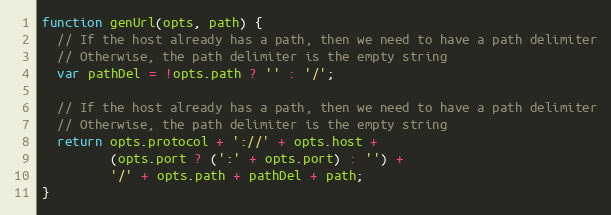
Language: JavaScript
function genUrl(opts, path) {
  // If the host already has a path, then we need to have a path delimiter
  // Otherwise, the path delimiter is the empty string
  var pathDel = !opts.path ? '' : '/';

  // If the host already has a path, then we need to have a path delimiter
  // Otherwise, the path delimiter is the empty string
  return opts.protocol + '://' + opts.host +
         (opts.port ? (':' + opts.port) : '') +
         '/' + opts.path + pathDel + path;
}